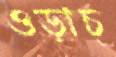
ওড়াচ্